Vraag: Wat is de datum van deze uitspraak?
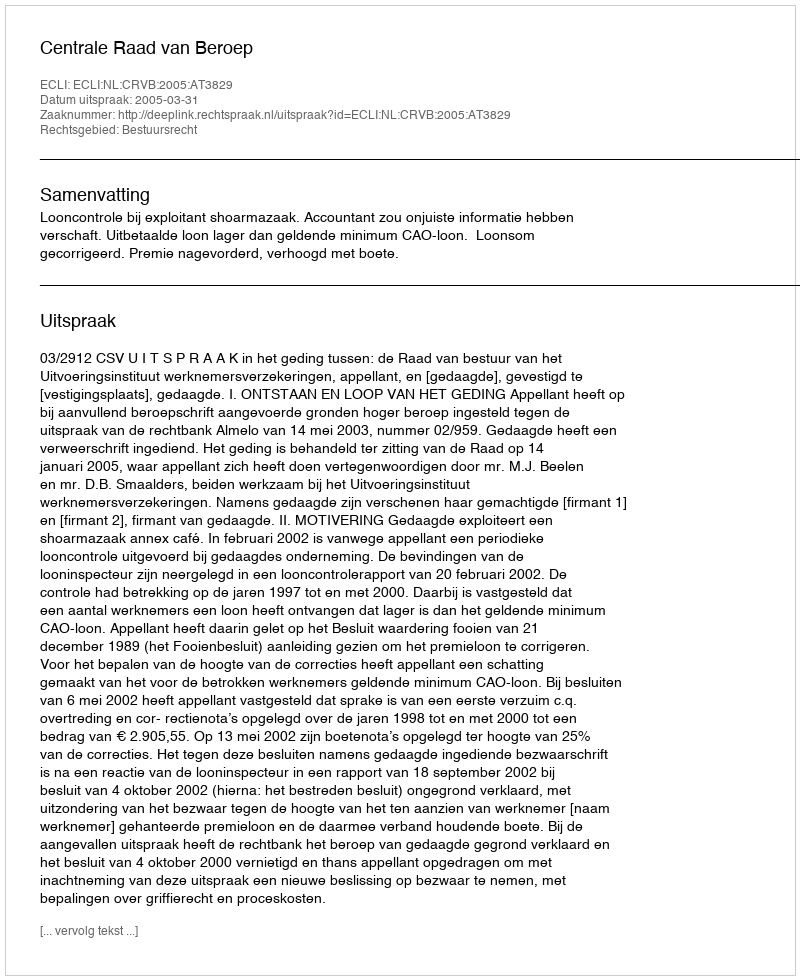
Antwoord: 2005-03-31